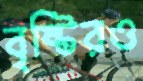
বৃষ্টিরও